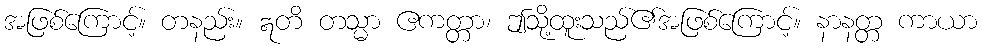
အဖြစ်ကြောင့်။ တနည်း။ ဣတိ တသ္မာ ဧကတ္တာ၊ ဤသို့ထူးသည်၏အဖြစ်ကြောင့်။ နာနတ္တ ကာယာ